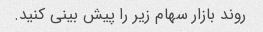
روند بازار سهام زیر را پیش بینی کنید.